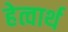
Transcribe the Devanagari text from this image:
हेत्वार्थ